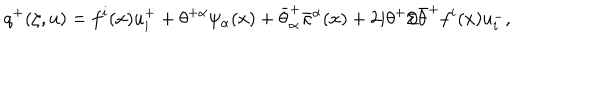
q ^ { + } ( \zeta , u ) = f ^ { i } ( x ) u _ { i } ^ { + } + \theta ^ { + \alpha } \psi _ { \alpha } ( x ) + \bar { \theta } _ { \dot { \alpha } } ^ { + } \bar { \kappa } ^ { \dot { \alpha } } ( x ) + 2 i \theta ^ { + } / \! \! \! \partial \bar { \theta } ^ { + } f ^ { i } ( x ) u _ { i } ^ { - } ,